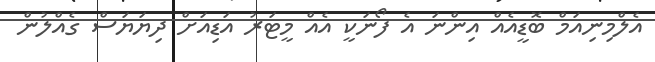
އެލްމިނިއަމް ބޮޑީއެއް އިންނަ އެ ފޯނަކީ އެއް މީޓަރު އަޑިއަށް ދިޔަޔަސް ގެއްލުން